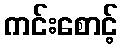
ကင်းစောင့်